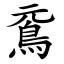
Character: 䲶